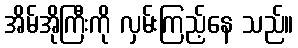
အိမ်အိုကြီးကို လှမ်းကြည့်နေ သည်။